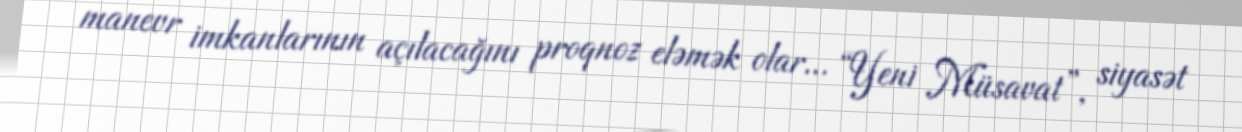
manevr imkanlarının açılacağını proqnoz eləmək olar... “Yeni Müsavat”, siyasət